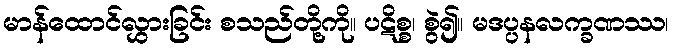
မာန်ထောင်လွှားခြင်း စသည်တို့ကို။ ပဋိစ္စ၊ စွဲ၍။ မဒပ္ပနလက္ခဏဿ၊